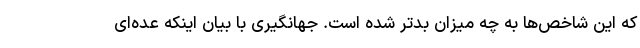
که این شاخص‌ها به چه میزان بدتر شده است. جهانگیری با بیان اینکه عده‌ای